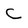
Character: C